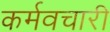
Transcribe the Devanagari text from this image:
कर्मवचारी